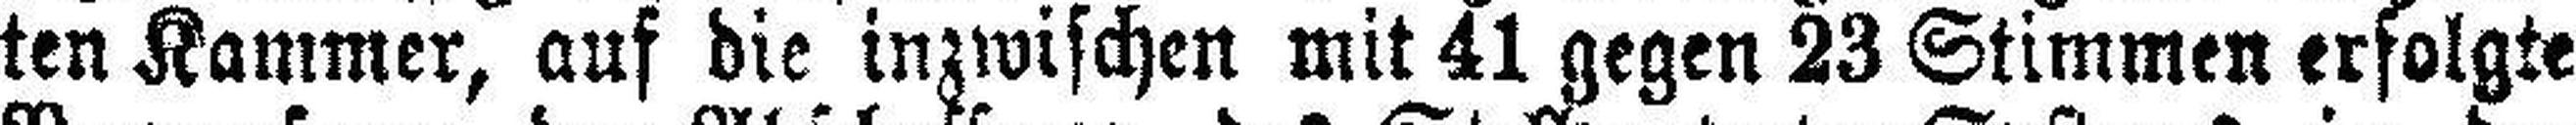
ten Kammer, auf die inzwischen mit 41 gegen 23 Stimmen erfolgte